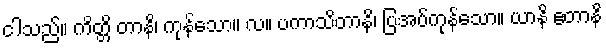
ငါသည်။ ကိတ္တိ တာနိ၊ ကုန်သော။ လ။ ပကာသိတာနိ၊ ပြအပ်ကုန်သော။ ယာနိ ဧတာနိ